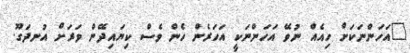
"އަހަންނަކަށް ހިއެއް ނުވޭ އަހަންނަކީ އަހަރެން ހެން ވެސް ކިޔައިދޭން ވަރަށް އުނދަގޫ.